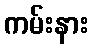
ကမ်းနား